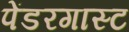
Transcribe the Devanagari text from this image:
पेंडरगास्ट